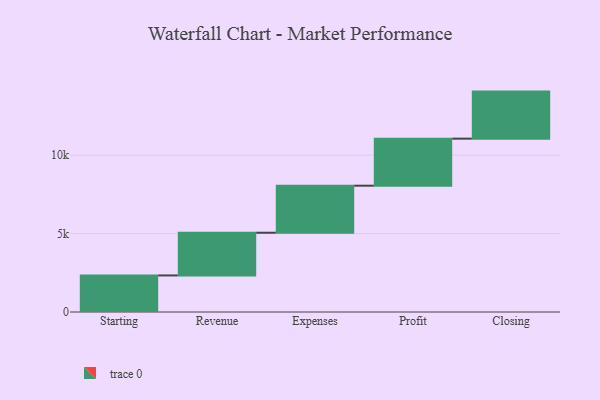
{"axis": {"x": "Step", "y": "Value"}, "legend": [""], "data": [{"x": "Starting", "y": 2331.0, "type": ""}, {"x": "Revenue", "y": 2723.0, "type": ""}, {"x": "Expenses", "y": 3000, "type": ""}, {"x": "Profit", "y": 3000, "type": ""}, {"x": "Closing", "y": 3000, "type": ""}]}